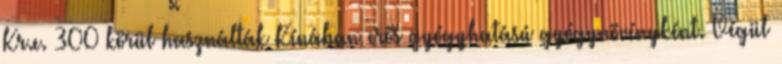
Kr.e. 300 körül használták Kínában erős gyógyhatású gyógynövényként. Végül